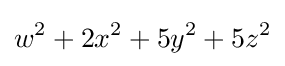
w^{2}+2x^{2}+5y^{2}+5z^{2}